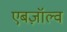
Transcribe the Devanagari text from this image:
एबज़ॉल्व